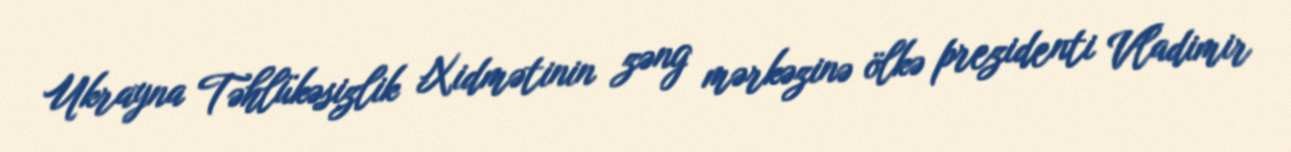
Ukrayna Təhlükəsizlik Xidmətinin zəng mərkəzinə ölkə prezidenti Vladimir